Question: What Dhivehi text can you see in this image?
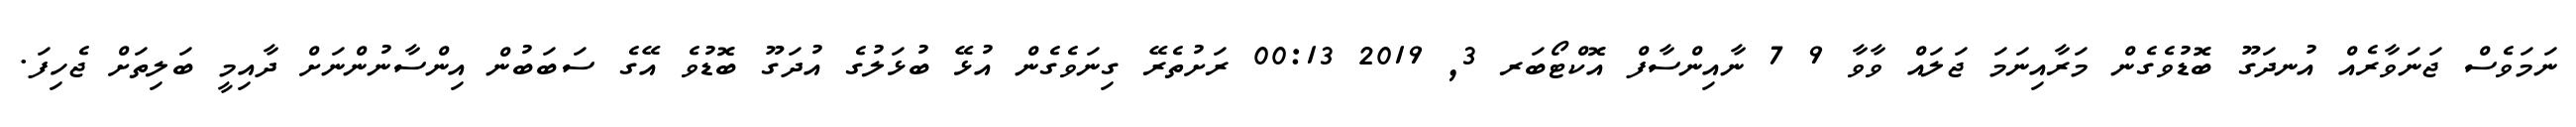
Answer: ނަމަވެސް ޖަނަވާރެއް އުނދަގޫ ބޮޑުވެގެން މަރާއިނަމަ ޖަލައް ވާވާ 9 7 ނާއިންސާފް އޮކްޓޯބަރ 3, 2019 00:13 ރަށުތެރޭ ގިނަވެގެން އުޅޭ ބުޅަލުގެ އުދަގޫ ބޮޑުވެ އޭގެ ސަބަބުން އިންސާނުންނަށް ދާއިމީ ބަލިތަށް ޖެހިފަ.